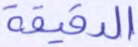
الدقيقة